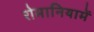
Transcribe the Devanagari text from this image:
रोमानियामें